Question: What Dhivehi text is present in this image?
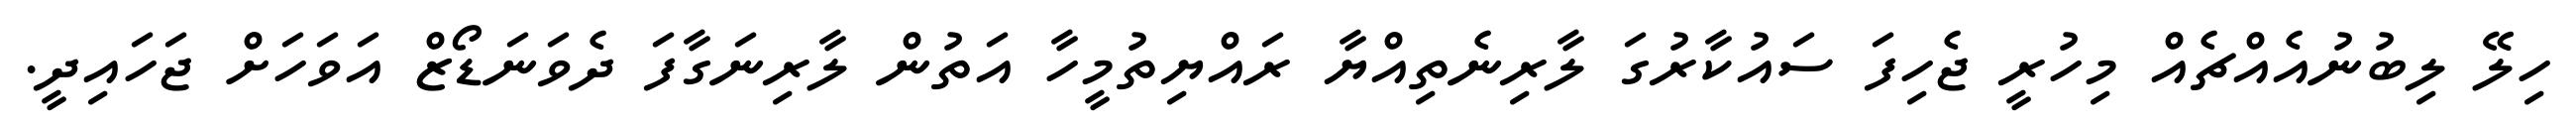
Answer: ހިލޭ ލިބުނުއެއްޗެއް މިހުރީ ޖެހިފަ ސައުކާރުގަ ލާރިނެތިއްޔާ ރައްޔިތުމީހާ އަތުން ލާރިނަގާފަ ދެވަނަޑޯޒް އަވަހަށް ޖަހައިދީ.